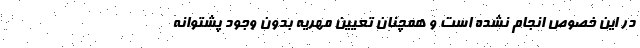
در این خصوص انجام نشده است و همچنان تعیین مهریه بدون وجود پشتوانه